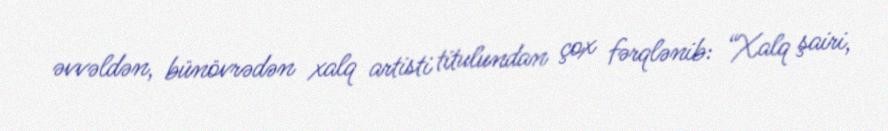
əvvəldən, bünövrədən xalq artisti titulundan çox fərqlənib: “Xalq şairi,